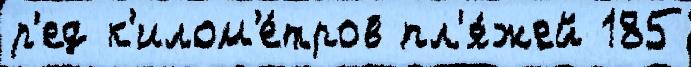
р'ед к'илом'е́тров пл'я́жей 185